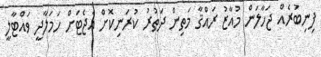
ފިނިބުރެއް ޖަހާލަން މުއާޒު ރައްޤާ މަތިން ދަތުރު ކުރަނިކޮށް އެޖެޓަށް ހަމަލާދީ ވައްޓާލީ